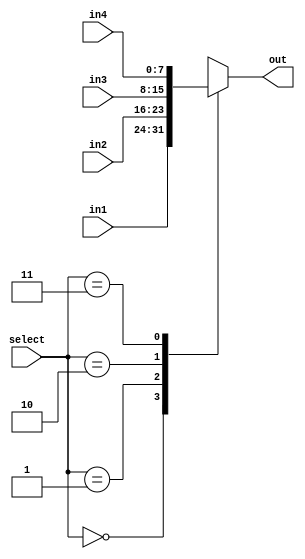
//////////////////////////////////////////////////////////////////////////////////
 
// Module Name: 	Mux
//	Project Name:	Project 1 - Part 2 
//
//////////////////////////////////////////////////////////////////////////////////

module Four_Input_mux(in1, in2, in3, in4, select, out);
			parameter BUS_WIDTH = 8;
			parameter LEFTMOST = BUS_WIDTH - 1;
			
			input wire [LEFTMOST: 0] in1, in2, in3, in4;
			input wire [1:0] select;
			output reg[LEFTMOST : 0] out;
			
			always @(*) begin
				case(select)
					2'b00: out <= in1;
					2'b01: out <= in2;
					2'b10: out <= in3;
					2'b11: out <= in4;
				endcase
			end

endmodule